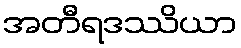
အတီရဒဿိယာ